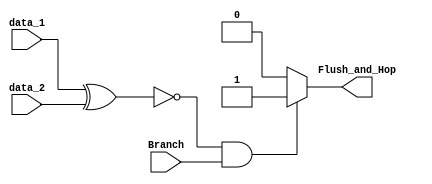
module Flush_Control(
    input           Branch,
    input   [31:0]  data_1,
    input   [31:0]  data_2,
    output  Flush_and_Hop
);

assign Flush_and_Hop = ((data_1 ^ data_2) == 32'b0 && Branch == 1) ? 1 : 0;

endmodule